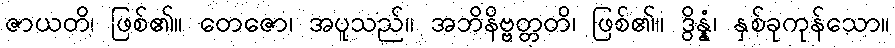
ဇာယတိ၊ ဖြစ်၏။ တေဇော၊ အပူသည်။ အဘိနိဗ္ဗတ္တတိ၊ ဖြစ်၏။ ဒွိန္နံ၊ နှစ်ခုကုန်သော။